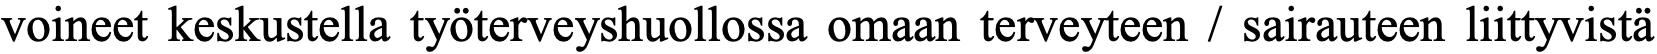
voineet keskustella työterveyshuollossa omaan terveyteen / sairauteen liittyvistä